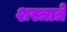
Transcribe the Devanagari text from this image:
शस्त्रात्रे